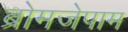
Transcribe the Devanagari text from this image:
ब्रोमजेपाम